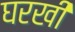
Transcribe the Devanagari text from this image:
घरखी